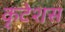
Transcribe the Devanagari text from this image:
कृटेशस